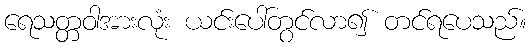
ရေသတ္တဝါအားလုံး ယင်းပေါ်တွင်လာ၍ တင်ရပေသည်။